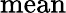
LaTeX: \mathrm{mean}